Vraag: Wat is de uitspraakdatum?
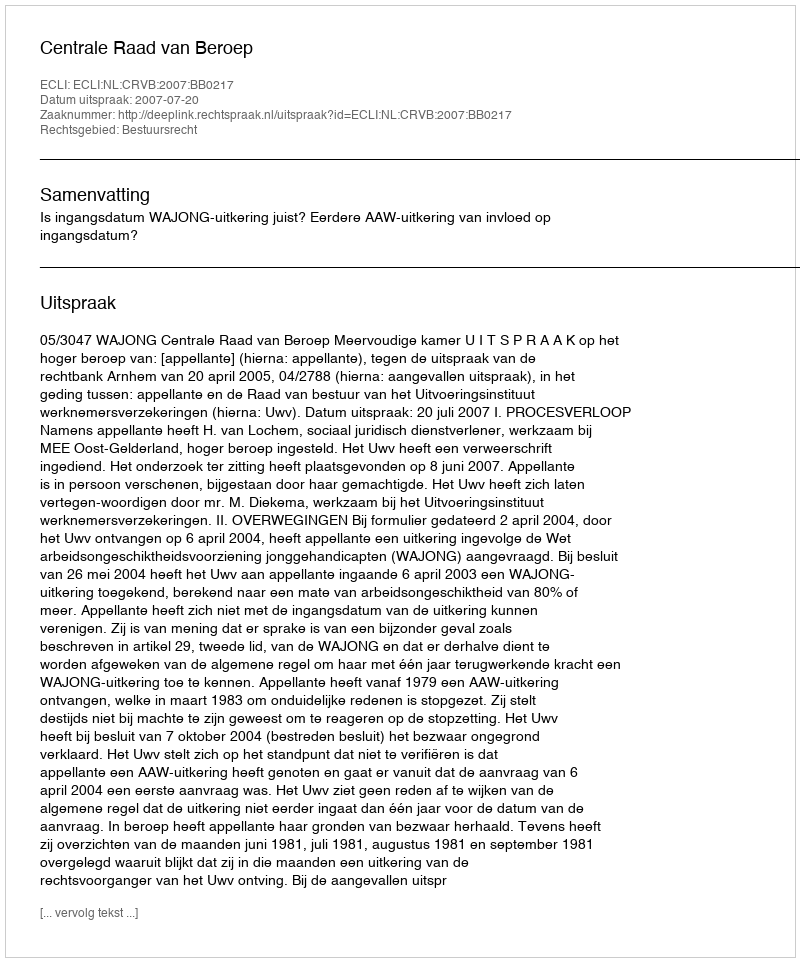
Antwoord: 2007-07-20